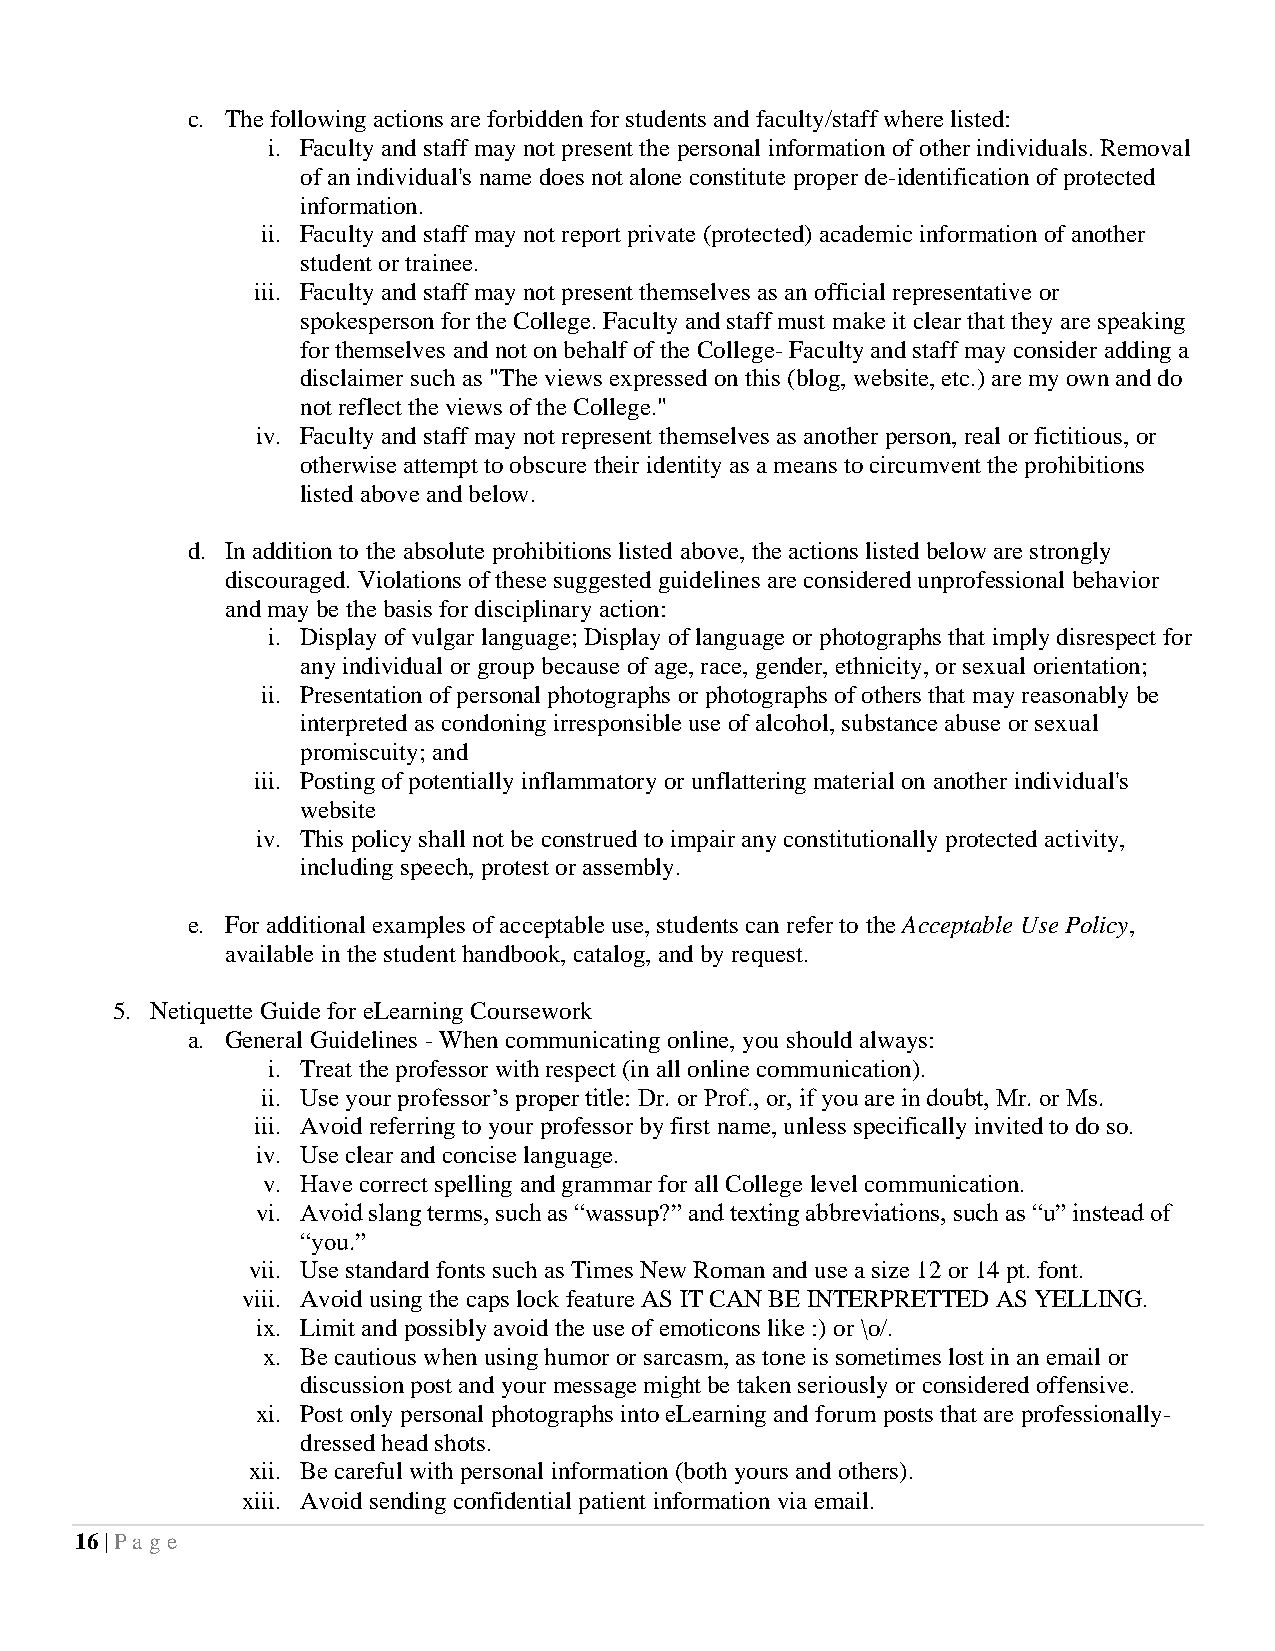
c. The following actions are forbidden for students and faculty/staff where listed:
 i. Faculty and staff may not present the personal information of other individuals. Removal
 of an individual's name does not alone constitute proper de-identification of protected
 information.
 ii. Faculty and staff may not report private (protected) academic information of another
 student or trainee.
 iii. Faculty and staff may not present themselves as an official representative or
 spokesperson for the College. Faculty and staff must make it clear that they are speaking
 for themselves and not on behalf of the College- Faculty and staff may consider adding a
 disclaimer such as "The views expressed on this (blog, website, etc.) are my own and do
 not reflect the views of the College."
 iv. Faculty and staff may not represent themselves as another person, real or fictitious, or
 otherwise attempt to obscure their identity as a means to circumvent the prohibitions
 listed above and below.
 d. In addition to the absolute prohibitions listed above, the actions listed below are strongly
 discouraged. Violations of these suggested guidelines are considered unprofessional behavior
 and may be the basis for disciplinary action:
 i. Display of vulgar language; Display of language or photographs that imply disrespect for
 any individual or group because of age, race, gender, ethnicity, or sexual orientation;
 ii. Presentation of personal photographs or photographs of others that may reasonably be
 interpreted as condoning irresponsible use of alcohol, substance abuse or sexual
 promiscuity; and
 iii. Posting of potentially inflammatory or unflattering material on another individual's
 website
 iv. This policy shall not be construed to impair any constitutionally protected activity,
 including speech, protest or assembly.
 e. For additional examples of acceptable use, students can refer to the Acceptable Use Policy,
 available in the student handbook, catalog, and by request.
 5. Netiquette Guide for eLearning Coursework
 a. General Guidelines - When communicating online, you should always:
 i. Treat the professor with respect (in all online communication).
 ii. Use your professor’s proper title: Dr. or Prof., or, if you are in doubt, Mr. or Ms.
 iii. Avoid referring to your professor by first name, unless specifically invited to do so.
 iv. Use clear and concise language.
 v. Have correct spelling and grammar for all College level communication.
 vi. Avoid slang terms, such as “wassup?” and texting abbreviations, such as “u” instead of
 “you.”
 vii. Use standard fonts such as Times New Roman and use a size 12 or 14 pt. font.
 viii. Avoid using the caps lock feature AS IT CAN BE INTERPRETTED AS YELLING.
 ix. Limit and possibly avoid the use of emoticons like :) or \o/.
 x. Be cautious when using humor or sarcasm, as tone is sometimes lost in an email or
 discussion post and your message might be taken seriously or considered offensive.
 xi. Post only personal photographs into eLearning and forum posts that are professionally-
 dressed head shots.
 xii. Be careful with personal information (both yours and others).
 xiii. Avoid sending confidential patient information via email.
 16 | Pa ge